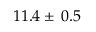
1 1 . 4 \pm \: 0 . 5